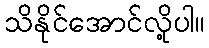
သိနိုင်အောင်လို့ပါ။